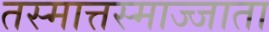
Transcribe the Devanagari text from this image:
तस्मात्तस्माज्जाता